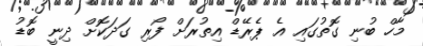
މާހް ބުނި ގޮތުގައި އެ ޕެރޭޑް އިތުރަށް ފޯރި ގަދަކޮށް ދިނީ ބޮޑު